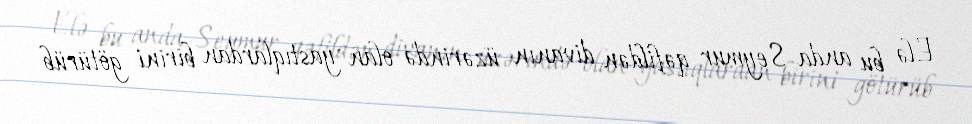
Elə bu anda Seymur qəfildən divanın üzərində olan yastıqlardan birini götürüb